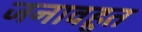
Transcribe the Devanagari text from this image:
जनावहूत